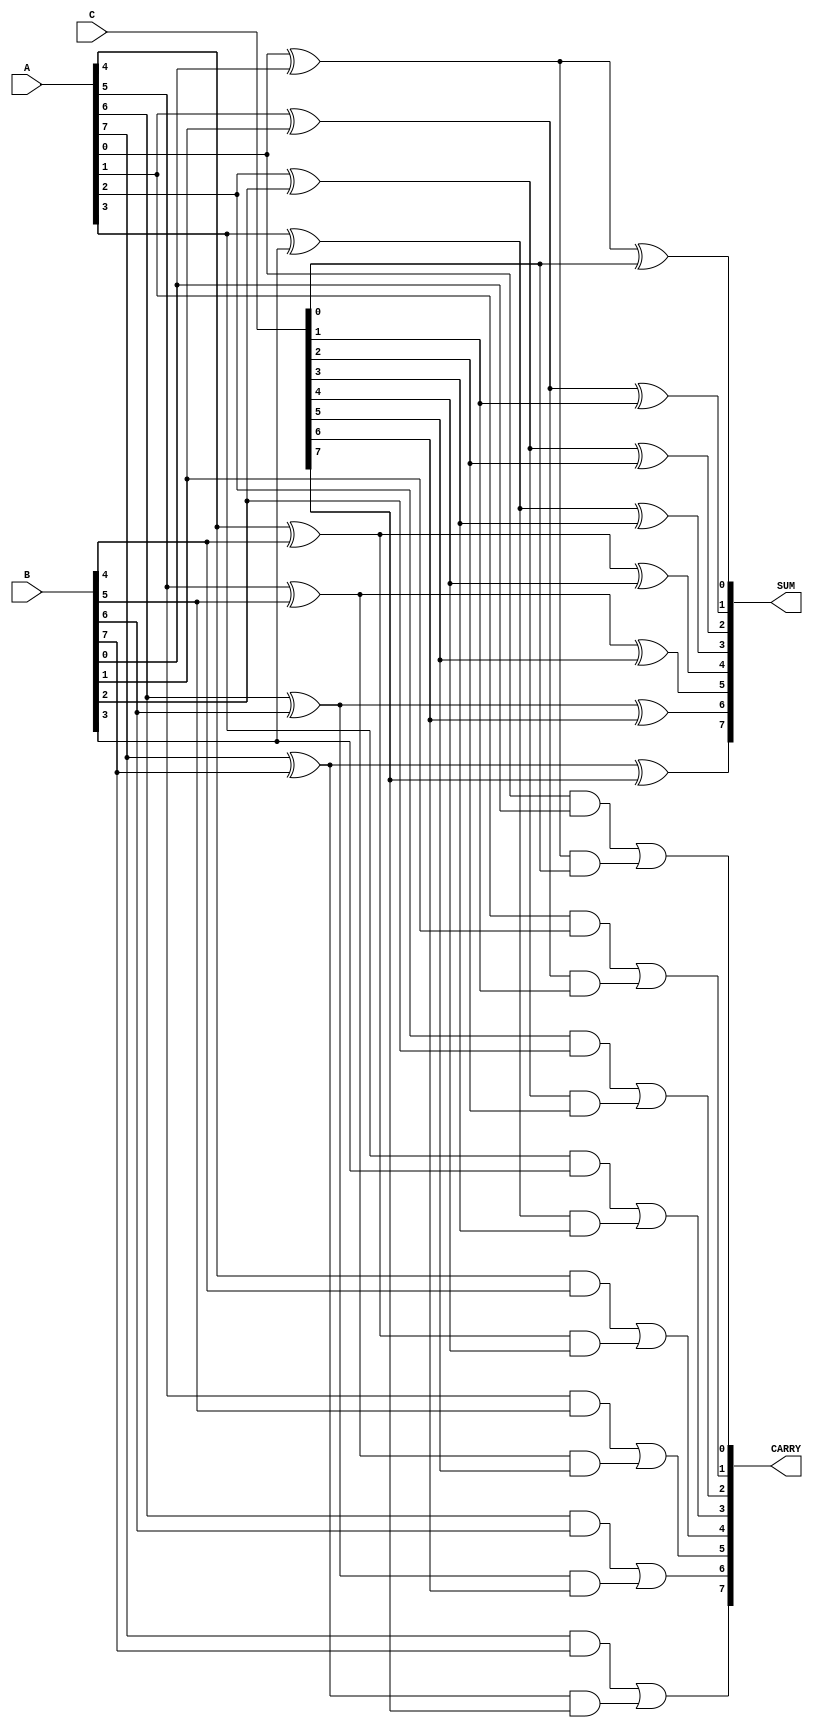
module dynamic_carry_save_adder #(
    parameter WIDTH = 8, // Width of the operands
    parameter NUM_INPUTS = 3 // Number of inputs
)(
    input  wire [WIDTH-1:0] A, // First operand
    input  wire [WIDTH-1:0] B, // Second operand
    input  wire [WIDTH-1:0] C, // Third operand
    output wire [WIDTH-1:0] SUM, // Sum output
    output wire [WIDTH-1:0] CARRY // Carry output
);

    // Intermediate wires for sum and carry
    wire [WIDTH-1:0] sum1, carry1;
    wire [WIDTH-1:0] sum2, carry2;

    // Full adder for A and B
    generate
        genvar i;
        for (i = 0; i < WIDTH; i = i + 1) begin : full_adder_ab
            assign sum1[i] = A[i] ^ B[i]; // Sum of A and B
            assign carry1[i] = A[i] & B[i]; // Carry from A and B
        end
    endgenerate

    // Full adder for sum1 and C
    generate
        for (i = 0; i < WIDTH; i = i + 1) begin : full_adder_sum1_c
            assign sum2[i] = sum1[i] ^ C[i]; // Sum of sum1 and C
            assign carry2[i] = carry1[i] | (sum1[i] & C[i]); // Carry from sum1 and C
        end
    endgenerate

    // Final outputs
    assign SUM = sum2; // Final sum output
    assign CARRY = carry2; // Final carry output

endmodule